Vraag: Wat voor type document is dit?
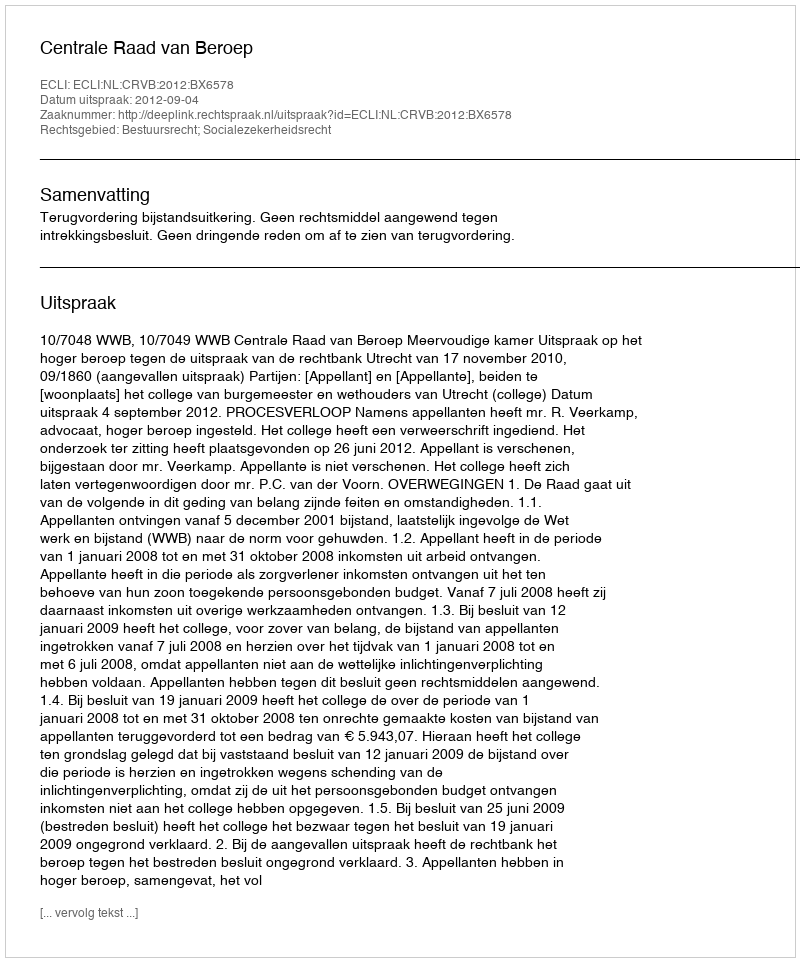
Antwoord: Uitspraak